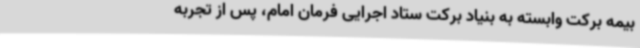
بیمه برکت وابسته به بنیاد برکت ستاد اجرایی فرمان امام، پس از تجربه